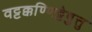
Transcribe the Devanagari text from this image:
वट्टक्कण्णिट्टेषु़त्तु